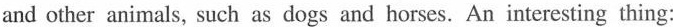
and other animals, such as dogs and horses. An interesting thing: